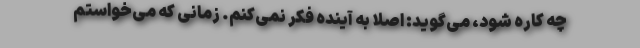
چه کاره شود، می‌گوید: اصلا به آینده فکر نمی‌کنم. زمانی که می‌خواستم